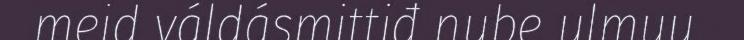
meid váldásmittiđ nube ulmuu